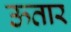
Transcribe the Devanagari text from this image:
ऊतार